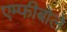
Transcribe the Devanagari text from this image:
एम्फीबोले